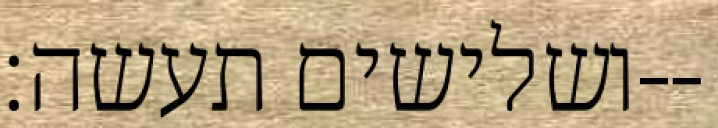
ושלישים תעשה׃--